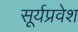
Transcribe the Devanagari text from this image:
सूर्यप्रवेश